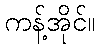
ကန့်အိုင်။